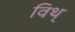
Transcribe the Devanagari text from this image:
विथ्